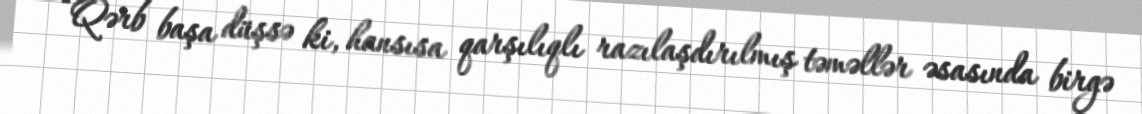
“Qərb başa düşsə ki, hansısa qarşılıqlı razılaşdırılmış təməllər əsasında birgə